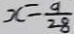
x = \frac { 9 } { 2 8 }